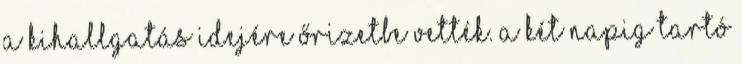
a kihallgatás idejére őrizetbe vették. A két napig tartó